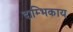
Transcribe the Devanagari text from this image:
दाम्भिकाय